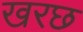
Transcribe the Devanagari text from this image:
खरछ